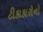
ટીકાકારોનો